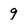
Character: 9